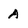
Character: A